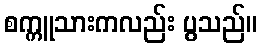
စက္ကူသားကလည်း ပွသည်။